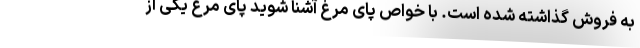
به فروش گذاشته شده است. با خواص پای مرغ آشنا شوید پای مرغ یکی از